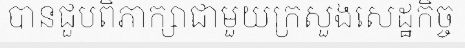
បានជួបពិភាក្សាជាមួយក្រសួងសេដ្ឋកិច្ច